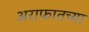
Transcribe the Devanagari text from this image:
अराफातच्या